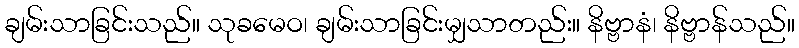
ချမ်းသာခြင်းသည်။ သုခမေဝ၊ ချမ်းသာခြင်းမျှသာတည်း။ နိဗ္ဗာနံ၊ နိဗ္ဗာန်သည်။